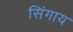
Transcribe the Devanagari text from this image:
सिंगाय